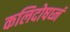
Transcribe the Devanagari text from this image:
कलिदोषघ्नं